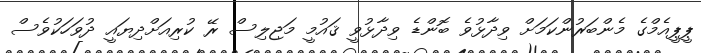
ޕީޕީއެމްގެ މެންބަރުންކަމަށް ވިދާޅުވެ ބޮންޑެ ވިދާޅުވީ ޤައުމީ މަޖިލިސް ރޭ ކުރިއަށްދިޔައީ ދުވަހަކުވެސް